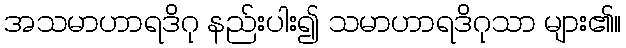
အသမာဟာရဒိဂု နည်းပါး၍ သမာဟာရဒိဂုသာ များ၏။